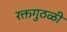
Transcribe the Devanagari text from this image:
रक्तगुठळी